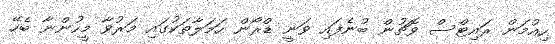
ހިއުމަން ރައިޓްސް ވޮޗުން ބުނެފައި ވަނީ ޑްރޯން ހަމަލާތަކުގައި މަރުވާ މީހުންނާ ބެހޭ